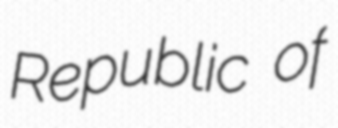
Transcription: Republic of